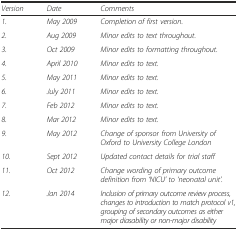
<table><thead><tr><td><b><i>Version</i></b></td><td><b><i>Date</i></b></td><td><b><i>Comments</i></b></td></tr></thead><tbody><tr><td><i>1.</i></td><td><i>May 2009</i></td><td><i>Completion of first version.</i></td></tr><tr><td><i>2.</i></td><td><i>Aug 2009</i></td><td><i>Minor edits to text throughout.</i></td></tr><tr><td><i>3.</i></td><td><i>Oct 2009</i></td><td><i>Minor edits to formatting throughout.</i></td></tr><tr><td><i>4.</i></td><td><i>April 2010</i></td><td><i>Minor edits to text.</i></td></tr><tr><td><i>5.</i></td><td><i>May 2011</i></td><td><i>Minor edits to text.</i></td></tr><tr><td><i>6.</i></td><td><i>July 2011</i></td><td><i>Minor edits to text.</i></td></tr><tr><td><i>7.</i></td><td><i>Feb 2012</i></td><td><i>Minor edits to text.</i></td></tr><tr><td><i>8.</i></td><td><i>Mar 2012</i></td><td><i>Minor edits to text.</i></td></tr><tr><td><i>9.</i></td><td><i>May 2012</i></td><td><i>Change of sponsor from University of Oxford to University College London</i></td></tr><tr><td><i>10.</i></td><td><i>Sept 2012</i></td><td><i>Updated contact details for trial staff</i></td></tr><tr><td><i>11.</i></td><td><i>Oct 2012</i></td><td><i>Change wording of primary outcome definition from ‘NICU’ to ‘neonatal unit’.</i></td></tr><tr><td><i>12.</i></td><td><i>Jan 2014</i></td><td><i>Inclusion of primary outcome review process, changes to introduction to match protocol v1, grouping of secondary outcomes as either major diasability or non-major disability</i></td></tr></tbody></table>